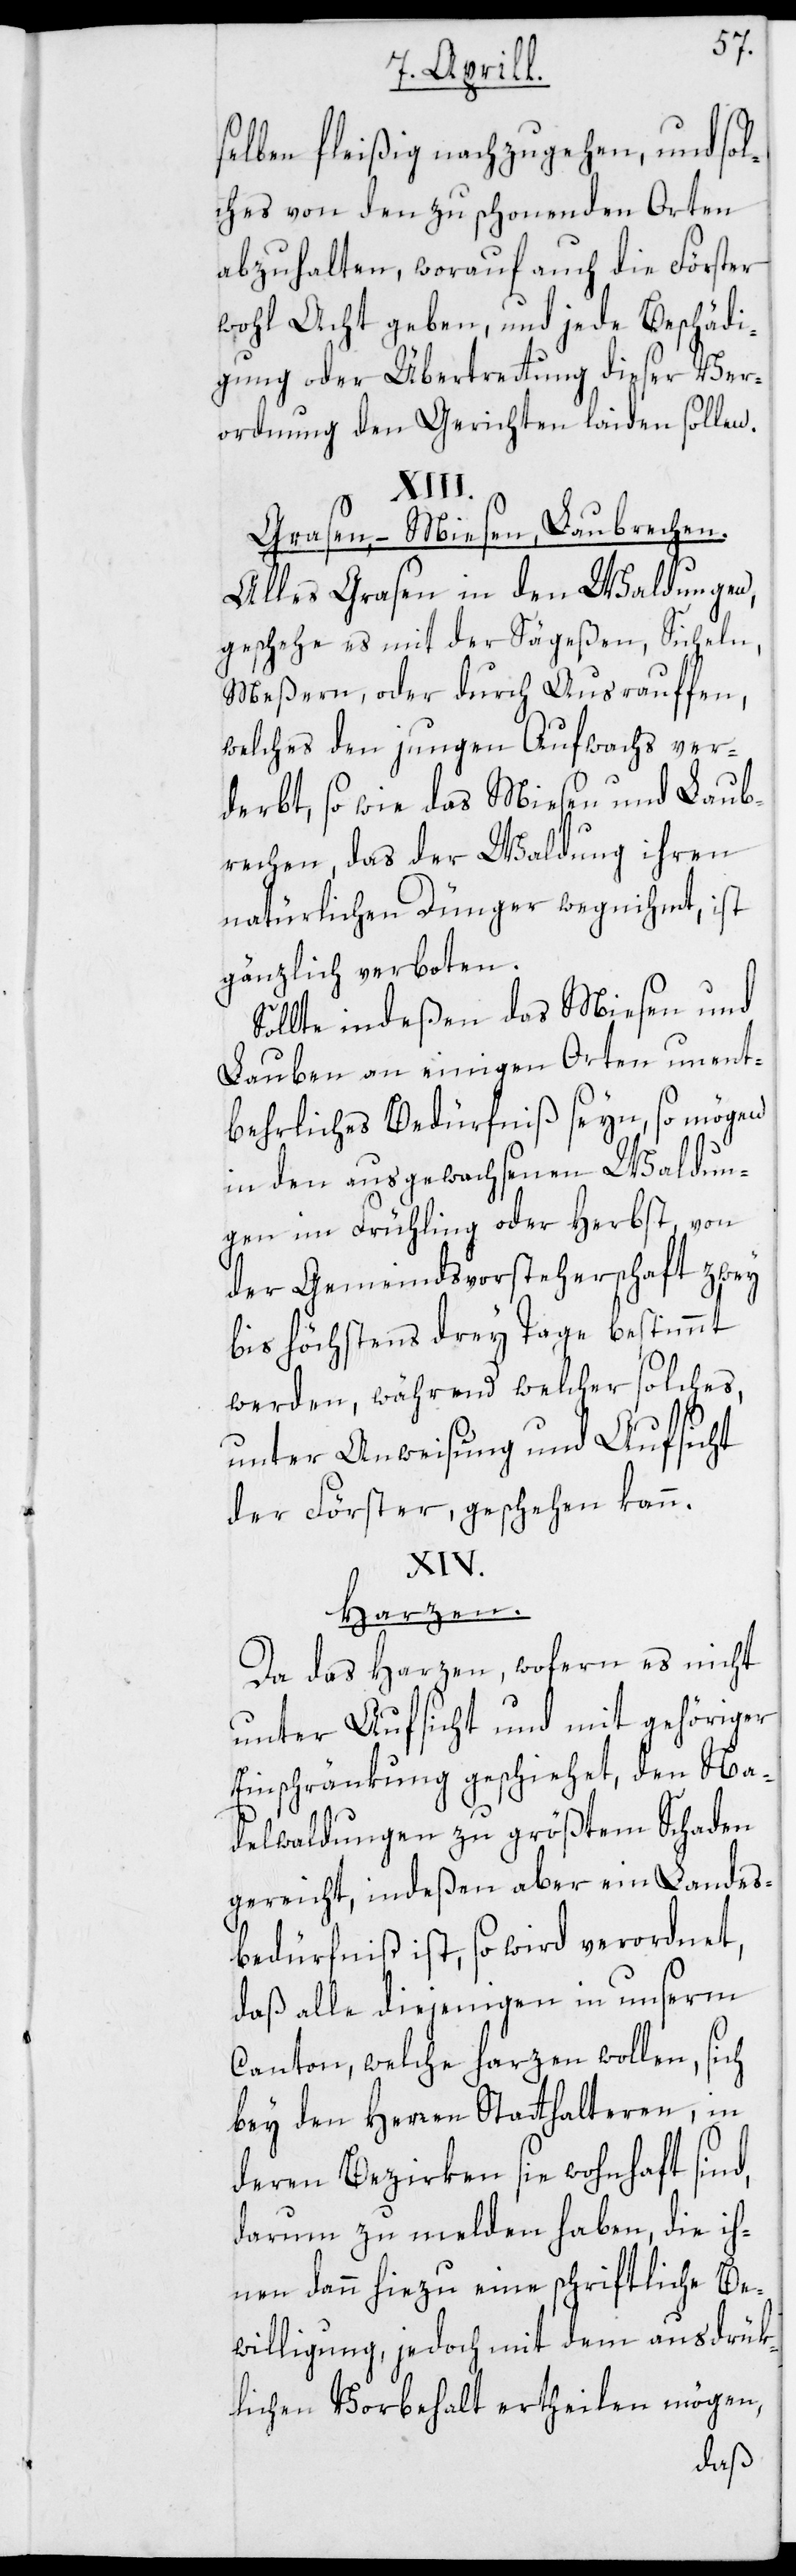
selben fleißig nachzugehen, und sol¬
ches von den zu schonenden Orten
abzuhalten, worauf auch die Förster
wohl Acht geben, und jede Beschädi¬
gung oder Übertretung dieser Ver¬
ordnung den Gerichten laiden sollen.
Grasen, Miesen, Laubrechen.
Alles Grasen in den Waldungen,
geschehe es mit der Sägeßen, Sicheln,
Meßern, oder durch Ausrauffen,
welches den jungen Aufwachs ver¬
derbt, so wie das Miesen und Laub¬
rechen, das der Waldung ihren
natürlichen Dünger wegnihmt, ist
gänzlich verboten.
Sollte indeßen das Miesen und
Lauben an einigen Orten unent¬
behrliches Bedürfnis seyn, so mögen
in den ausgewachsenen Waldun¬
gen im Frühling oder Herbst, von
der Gemeindsvorsteherschaft zwey
bis höchstens drey Tage bestimmt
werden, während welcher solches,
unter Anweisung und Aufsicht
der Förster, geschehen kann.
Harzen.
Da das Harzen, wofern es nicht
unter Aufsicht und mit gehöriger
Einschränkung geschiehet, den Na¬
delwaldungen zu größtem Schaden
gereicht, indeßen aber ein Landes¬
bedürfniß ist, so wird verordnet,
daß alle diejenigen in unserm
Canton, welche harzen wollen, sich
bey den Herren Statthalteren, in
deren Bezirken sie wohnhaft sind,
darum zu melden haben, die ih¬
nen dann hiezu eine schriftliche Be¬
willigung, jedoch mit dem ausdrük¬
lichen Vorbehalt ertheilen mögen,